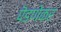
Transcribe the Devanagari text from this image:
पॆडणेकर